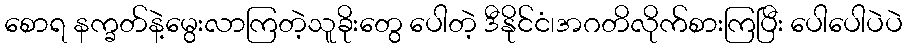
စောရ နက္ခတ်နဲ့မွေးလာကြတဲ့သူခိုးတွေ ပေါတဲ့ ဒီနိုင်ငံ၊အဂတိလိုက်စားကြပြီး ပေါပေါပဲပဲ